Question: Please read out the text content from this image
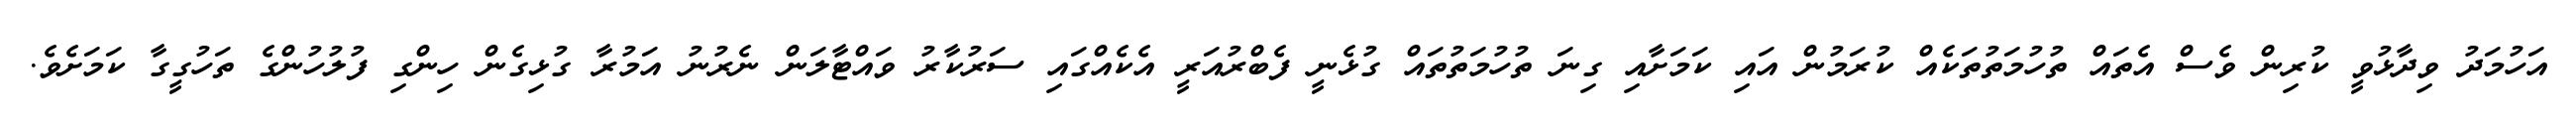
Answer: އަހުމަދު ވިދާޅުވީ ކުރިން ވެސް އެތައް ތުހުމަތުތަކެއް ކުރަމުން އައި ކަމަށާއި ގިނަ ތުހުމަތުތައް ގުޅެނީ ފެބްރުއަރީ އެކެއްގައި ސަރުކާރު ވައްޓާލަން ނެރުނު އަމުރާ ގުޅިގެން ހިންގި ފުލުހުންގެ ތަހުގީގާ ކަމަށެވެ.